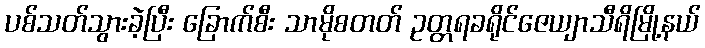
ပစ်သတ်သွားခဲ့ပြီး ခြောက်စီး သာမိုစတတ် ဥတ္တရခရိုင်ဇေယျာသီရိမြို့နယ်